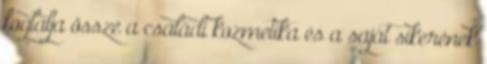
foglalja össze a családi kozmetika és a saját sikerének